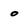
Character: o